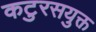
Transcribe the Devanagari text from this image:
कटुरसयुक्त